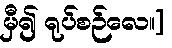
မှီ၍ ရုပ်စဉ်လေ။]